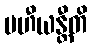
ပဟီယန္တီတိ